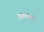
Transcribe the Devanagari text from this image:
साधनग्रंथ